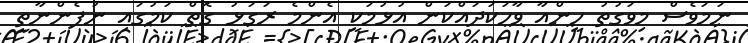
ނަމަވެސް މިވަގުތު ހީންއާ ވާހަކަދައްކަން އުޅުމަކީ އެންމެ ރަގަޅު ގޮތް ކަމުގައި ނުފެންނާތީ